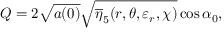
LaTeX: Q = 2 \sqrt { a ( 0 ) } \sqrt { \overline { { { \eta } } } _ { 5 } ( r , \theta , \varepsilon _ { r } , \chi ) } \cos \alpha _ { 0 } ,